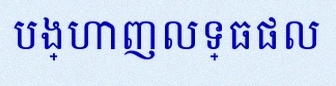
បង្ហាញលទ្ធផល